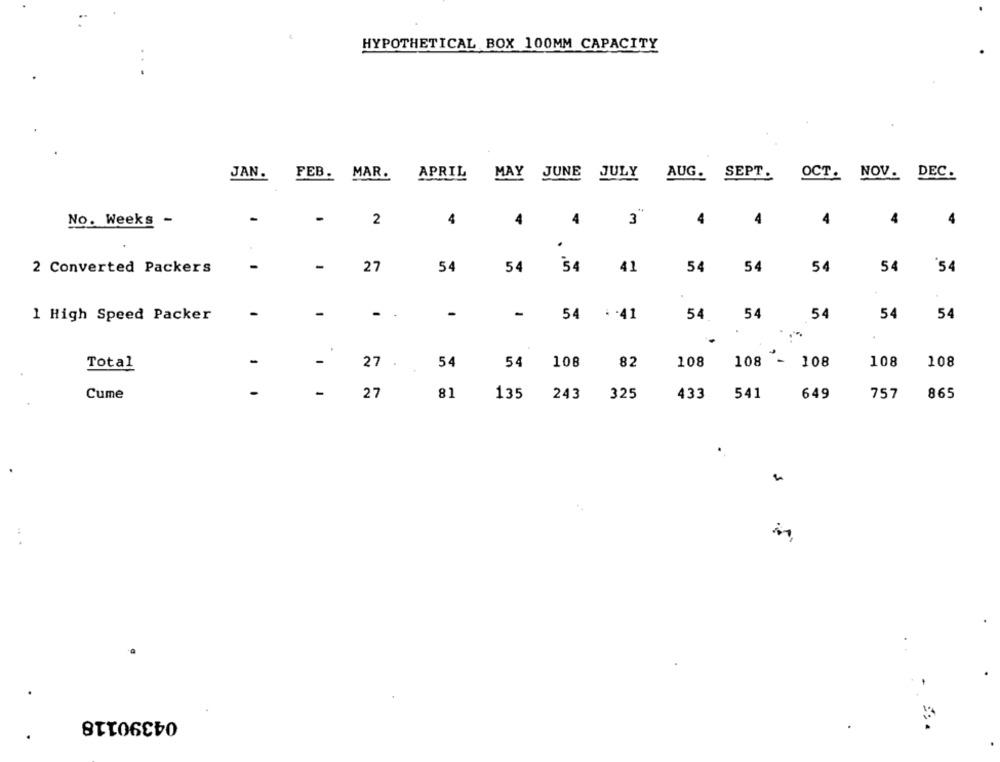
HYPOTHETICAL BOX 100MM CAPACITY
JAN. FEB. MAR. APRIL MAY JUNE JULY AUG. SEPT.
OCT. NOV. DEC.
No. Weeks -
-
2
4
4
4
3"
4
4
4
4
4
.
-
54
2 Converted Packers
27
54
54
54
41
54
54
54
54
-
-
-
1 High Speed Packer
54
. - 41
54.
54
54
54
54
Total
-
27
54
54
108
82
108
108 - 108
108
108
18
Cume
-
27
135
243
325
433
541
649
757
865
...
..
04390118